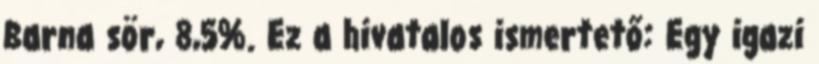
Barna sör, 8,5%. Ez a hivatalos ismertető: Egy igazi